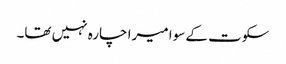
سکوت کے سوا میرا چارہ نہیں تھا۔